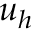
\boldsymbol { u } _ { h }